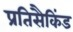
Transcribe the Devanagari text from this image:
प्रतिसैकिंड